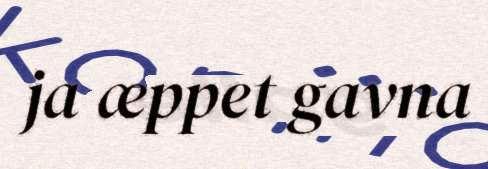
ja æppet gavna